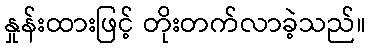
နှုန်းထားဖြင့် တိုးတက်လာခဲ့သည်။